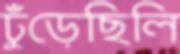
ঢুঁড়েছিলি